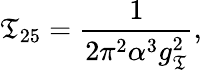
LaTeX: \mathfrak{T}_{25}=\frac{{1}}{{2\pi^{2}\alpha^{3}g_{\mathfrak{T}}^{2}}},